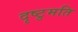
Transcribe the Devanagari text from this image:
दृष्टुमति